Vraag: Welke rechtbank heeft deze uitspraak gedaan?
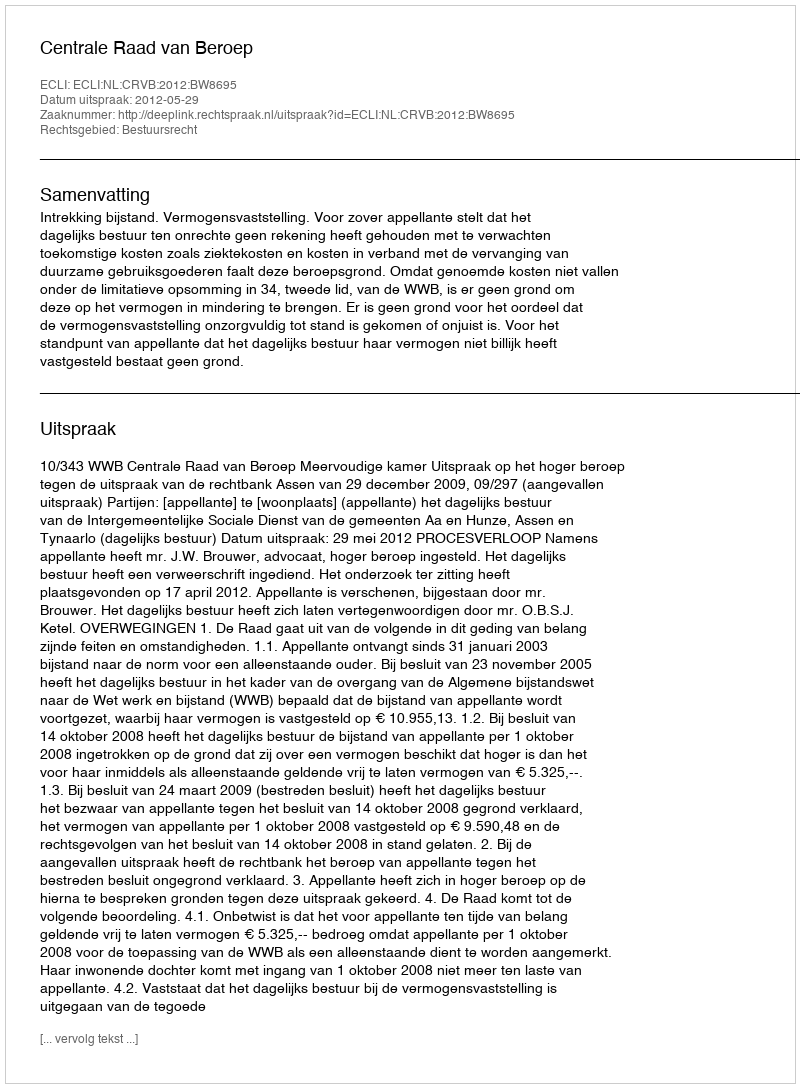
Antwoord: Centrale Raad van Beroep